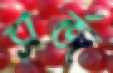
সর্জ